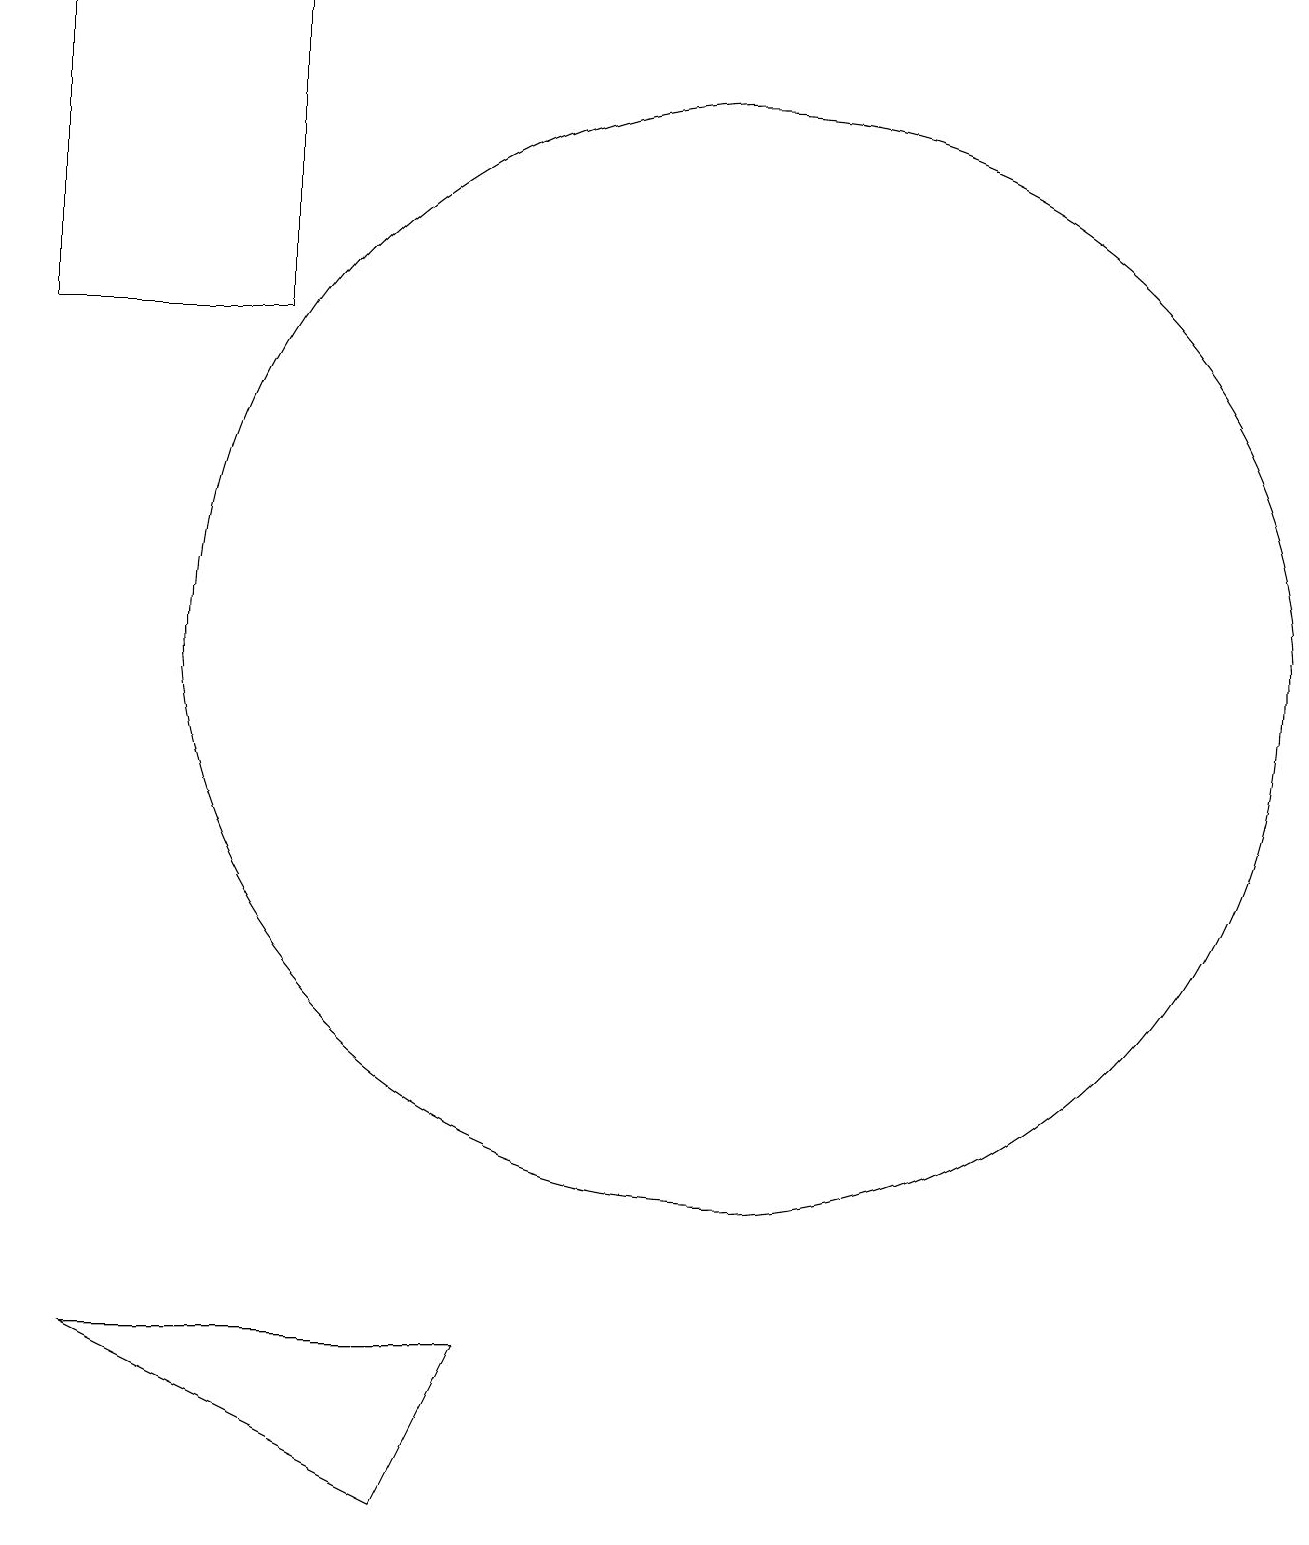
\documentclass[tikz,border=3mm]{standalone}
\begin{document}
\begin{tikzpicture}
\draw (7,0) -- (3,2) -- (8,2) -- cycle;
\draw (2,19) rectangle (5,15);
\draw (11,11) circle (7);
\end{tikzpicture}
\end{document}